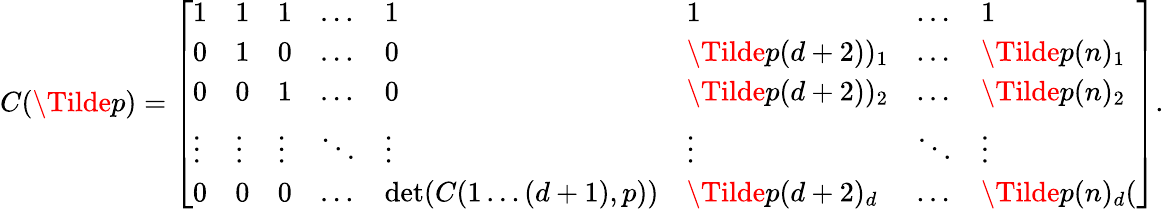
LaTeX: C(\Tilde{p})=\left[\begin{array}{llllllll}{1}&{1}&{1}&{\dots}&{1}&{1}&{\dots}&{1}\\ {0}&{1}&{0}&{\dots}&{0}&{\Tilde{p}(d+2))_{1}}&{\dots}&{\Tilde{p}(n)_{1}}\\ {0}&{0}&{1}&{\dots}&{0}&{\Tilde{p}(d+2))_{2}}&{\dots}&{\Tilde{p}(n)_{2}}\\ {\vdots}&{\vdots}&{\vdots}&{\ddots}&{\vdots}&{\vdots}&{\ddots}&{\vdots}\\ {0}&{0}&{0}&{\dots}&{\operatorname*{det}(C(1\dots(d+1),p))}&{\Tilde{p}(d+2)_{d}}&{\dots}&{\Tilde{p}(n)_{d}(}\end{array}\right].